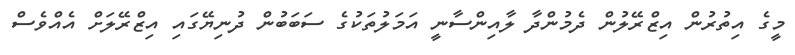
މީގެ އިތުރުން އިޒްރޭލުން ދެމުންދާ ލާއިންސާނީ އަމަލުތަކުގެ ސަބަބުން ދުނިޔޭގައި އިޒްރޭލަށް އެއްވެސް